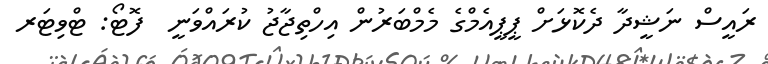
ރައީސް ނަޝީދާ ދެކޮޅަށް ޕީޕީއެމްގެ މެމްބަރުން އިހްތިޖާޖު ކުރައްވަނީ  ފޮޓޯ: ޓްވިޓަރ